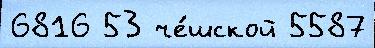
6816 53 че́шской 5587